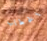
الخطاب